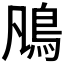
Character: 𩾨